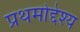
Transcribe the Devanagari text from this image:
प्रथमोद्देश्य